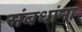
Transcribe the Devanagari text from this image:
संबधांना